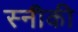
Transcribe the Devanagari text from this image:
स्नीकी